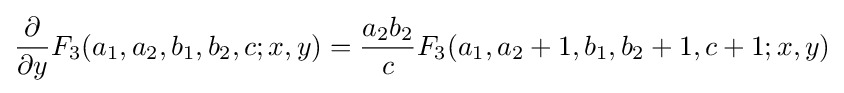
{\frac {\partial }{\partial y}}F_{3}(a_{1},a_{2},b_{1},b_{2},c;x,y)={\frac {a_{2}b_{2}}{c}}F_{3}(a_{1},a_{2}+1,b_{1},b_{2}+1,c+1;x,y)